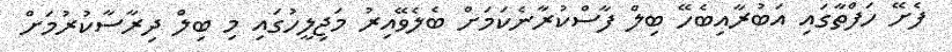
ފެށޭ ހަފްތާގައި އަބުރާއިބެހޭ ބިލް ފާސްކުރާނެކަމަށް ބެލެވޭއިރު މަޖިލީހުގައި މި ބިލް ދިރާސާކުުރުމަށް